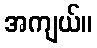
အကျယ်။